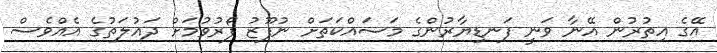
އޭގެ އިތުރުން އޭނާ ވަނީ ފަނޑިޔާރުންގެ މަސައްކަތަށް ނުފޫޒު ފޯރުވުމަށް ދައުލަތުގެ އެއްވެސް